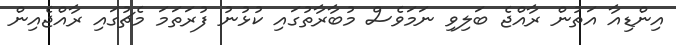
އިންޑިއާ އަތުން ރާއްޖެ ބަލިވި ނަމަވެސް މުބާރާތުގައި ކުޅުނު ފުރަތަމަ މެޗުގައި ރާއްޖެއިން